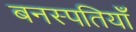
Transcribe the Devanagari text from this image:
बनस्पतियाँ